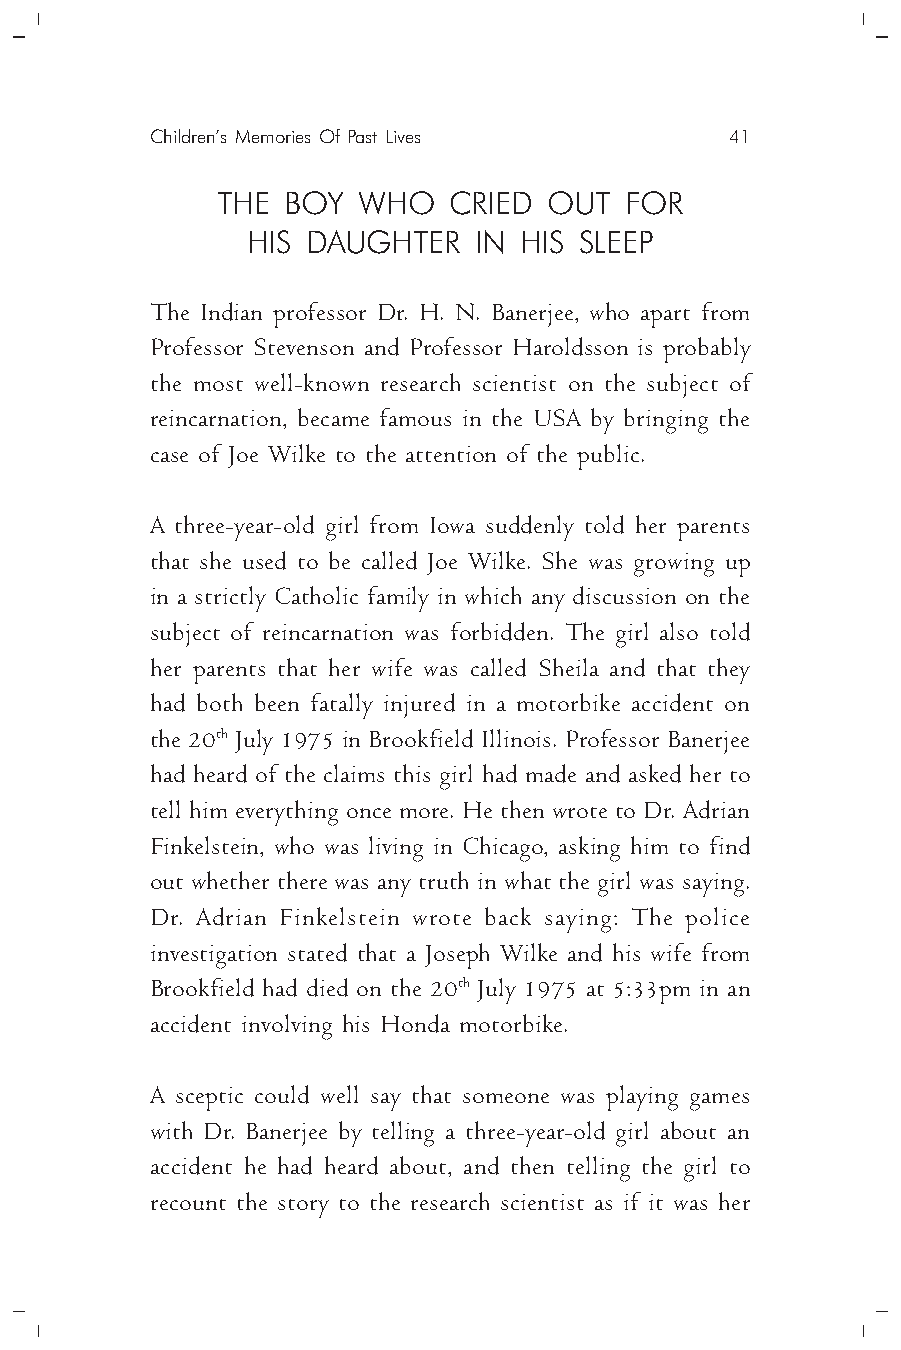
Children’s Memories Of Past Lives     41
 THE  BOY  WHO   CRIED OUT  FOR
 HIS DAUGHTER   IN HIS SLEEP
 The Indian professor Dr. H. N. Banerjee, who apart from
 Professor Stevenson and Professor Haroldsson is probably
 the most well-known research scientist on the subject of
 reincarnation, became famous in the USA by bringing the
 case of Joe Wilke to the attention of the public.
 A three-year-old girl from Iowa suddenly told her parents
 that she used to be called Joe Wilke. She was growing up
 in a strictly Catholic family in which any discussion on the
 subject of reincarnation was forbidden. The girl also told
 her parents that her wife was called Sheila and that they
 had both been fatally injured in a motorbike accident on
 the 20th July 1975 in Brookfield Illinois. Professor Banerjee
 had heard of the claims this girl had made and asked her to
 tell him everything once more. He then wrote to Dr. Adrian
 Finkelstein, who was living in Chicago, asking him to find
 out whether there was any truth in what the girl was saying.
 Dr. Adrian Finkelstein wrote back saying: The police
 investigation stated that a Joseph Wilke and his wife from
 Brookfield had died on the 20th July 1975 at 5:33pm in an
 accident involving his Honda motorbike.
 A sceptic could well say that someone was playing games
 with Dr. Banerjee by telling a three-year-old girl about an
 accident he had heard about, and then telling the girl to
 recount the story to the research scientist as if it was her